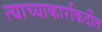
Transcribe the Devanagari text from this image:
त्याच्याकारकिर्दीत